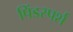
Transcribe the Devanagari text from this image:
पिंडस्पर्श